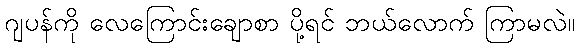
ဂျပန်ကို လေကြောင်းချောစာ ပို့ရင် ဘယ်လောက် ကြာမလဲ။